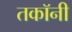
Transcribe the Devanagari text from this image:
तकॉनी